Report on the lunatic asylums under the Government of Bombay - 1904-1913
Year: 1904
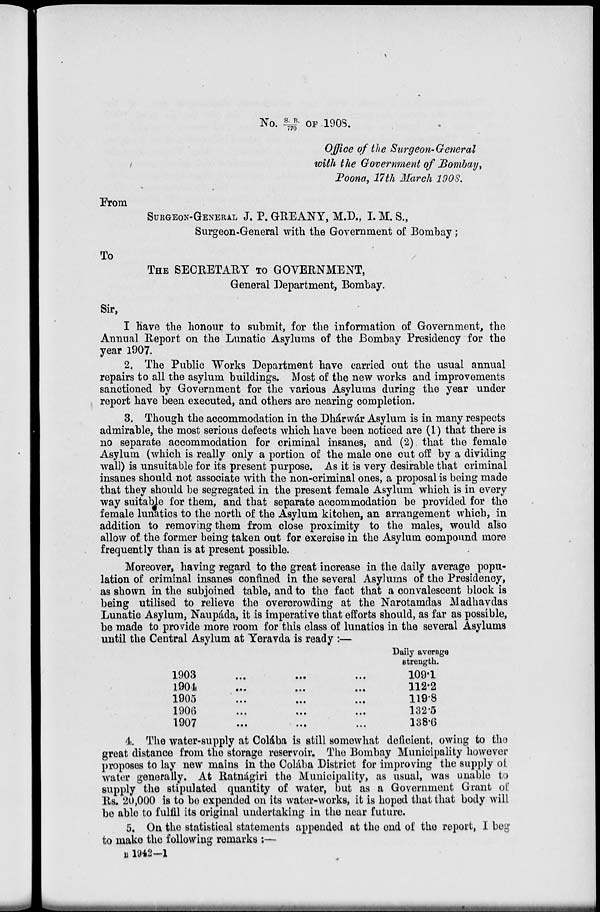
No. S. B./770 OF 1908.
Office of the Surgeon-General
with the Government of Bombay,
Poona, 17th March 1908.
From
SURGEON-GENERAL J. P. GREANY, M.D., I. M. S.,
Surgeon-General with the Government of Bombay;
To
THE SECRETARY TO GOVERNMENT,
General Department, Bombay.
Sir,
I have the honour to submit, for the information of Government, the
Annual Report on the Lunatic Asylums of the Bombay Presidency for the
year 1907
2. The Public Works Department have carried out the usual annual
repairs to all the asylum buildings. Most of the new works and improvements
sanctioned by Government for the various Asylums during the year under
report have been executed, and others are nearing completion.
3. Though the accommodation in the Dhárwár Asylum is in many respects
admirable, the most serious defects which have been noticed are (1) that there is
no separate accommodation for criminal insanes, and (2) that the female
Asylum (which is really only a portion of the male one cut off by a dividing
wall) is unsuitable for its present purpose. As it is very desirable that criminal
insanes should not associate with the non-criminal ones, a proposal is being made
that they should be segregated in the present female Asylum which is in every
way suitable for them, and that separate accommodation be provided for the
female lunatics to the north of the Asylum kitchen, an arrangement which, in
addition to removing them from close proximity to the males, would also
allow of the former being taken out for exercise in the Asylum compound more
frequently than is at present possible.
Moreover, having regard to the great increase in the daily average popu-
lation of criminal insanes confined in the several Asylums of the Presidency,
as shown in the subjoined table, and to the fact that a convalescent block is
being utilised to relieve the overcrowding at the Narotamdas Madhavdas
Lunatic Asylum, Naupáda, it is imperative that efforts should, as far as possible,
be made to provide more room for this class of lunatics in the several Asylums
until the Central Asylum at Yeravda is ready :—
1903
1904
1905
1906
1907
Daily average
strength.
109.1
112.2
119.8
132.5
138.6
4. The water-supply at Colába is still somewhat deficient, owing to the
great distance from the storage reservoir. The Bombay Municipality however
proposes to lay new mains in the Colába District for improving the supply of
water generally. At Ratnágiri the Municipality, as usual, was unable to
supply the stipulated quantity of water, but as a Government Grant of
Rs. 20,000 is to be expended on its water-works, it is hoped that that body will
be able to fulfil its original undertaking in the near future.
5. On the statistical statements appended at the end of the report, I beg
to make the following remarks:—
B 1942—1